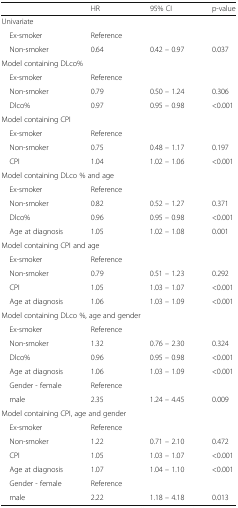
|  | HR | 95% CI | p-value |
 | --- | --- | --- | --- |
 | <COLSPAN=4> Univariate |
 | Ex-smoker | Reference |  |  |
 | Non-smoker | 0.64 | 0.42 – 0.97 | 0.037 |
 | <COLSPAN=4> Model containing DLco% |
 | Ex-smoker | Reference |  |  |
 | Non-smoker | 0.79 | 0.50 – 1.24 | 0.306 |
 | Dlco% | 0.97 | 0.95 – 0.98 | <0.001 |
 | <COLSPAN=4> Model containing CPI |
 | Ex-smoker | Reference |  |  |
 | Non-smoker | 0.75 | 0.48 – 1.17 | 0.197 |
 | CPI | 1.04 | 1.02 – 1.06 | <0.001 |
 | <COLSPAN=4> Model containing DLco % and age |
 | Ex-smoker | Reference |  |  |
 | Non-smoker | 0.82 | 0.52 – 1.27 | 0.371 |
 | Dlco% | 0.96 | 0.95 – 0.98 | <0.001 |
 | Age at diagnosis | 1.05 | 1.02 – 1.08 | 0.001 |
 | <COLSPAN=4> Model containing CPI and age |
 | Ex-smoker | Reference |  |  |
 | Non-smoker | 0.79 | 0.51 – 1.23 | 0.292 |
 | CPI | 1.05 | 1.03 – 1.07 | <0.001 |
 | Age at diagnosis | 1.06 | 1.03 – 1.09 | <0.001 |
 | <COLSPAN=4> Model containing DLco %, age and gender |
 | Ex-smoker | Reference |  |  |
 | Non-smoker | 1.32 | 0.76 – 2.30 | 0.324 |
 | Dlco% | 0.96 | 0.95 – 0.98 | <0.001 |
 | Age at diagnosis | 1.06 | 1.03 – 1.09 | <0.001 |
 | Gender - female | Reference |  |  |
 | male | 2.35 | 1.24 – 4.45 | 0.009 |
 | <COLSPAN=4> Model containing CPI, age and gender |
 | Ex-smoker | Reference |  |  |
 | Non-smoker | 1.22 | 0.71 – 2.10 | 0.472 |
 | CPI | 1.05 | 1.03 – 1.07 | <0.001 |
 | Age at diagnosis | 1.07 | 1.04 – 1.10 | <0.001 |
 | Gender - female | Reference |  |  |
 | male | 2.22 | 1.18 – 4.18 | 0.013 |